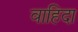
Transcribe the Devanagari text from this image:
वाहिदा